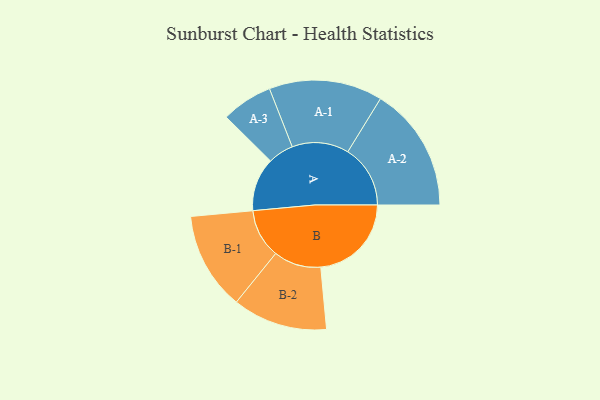
{"axis": {"x": "Segment", "y": "Value"}, "legend": ["", "A", "B"], "data": [{"x": "A", "y": 213, "type": ""}, {"x": "B", "y": 361, "type": ""}, {"x": "A-1", "y": 226, "type": "A"}, {"x": "A-2", "y": 249, "type": "A"}, {"x": "A-3", "y": 102, "type": "A"}, {"x": "B-1", "y": 195, "type": "B"}, {"x": "B-2", "y": 189, "type": "B"}]}